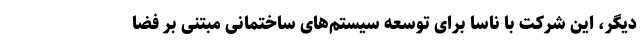
دیگر، این شرکت با ناسا برای توسعه سیستم‌های ساختمانی مبتنی بر فضا